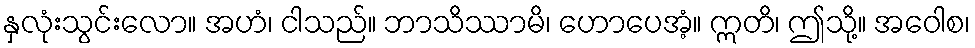
နှလုံးသွင်းလော။ အဟံ၊ ငါသည်။ ဘာသိဿာမိ၊ ဟောပေအံ့။ ဣတိ၊ ဤသို့။ အဝေါစ၊